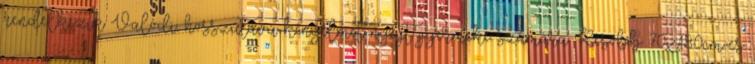
rendelkezik Valódi, hosszútávú kényelmet nyújt gyermeke számára Később 70x180cm-es